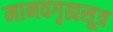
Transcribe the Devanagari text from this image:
मानवगृह्यसूत्र